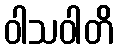
ဝါသဝါတိ